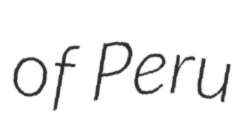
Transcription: of Peru